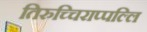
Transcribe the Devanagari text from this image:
तिरुच्चिराप्पल्लि